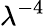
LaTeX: \lambda^{-4}